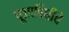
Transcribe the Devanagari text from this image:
पूजाविधीचे